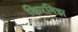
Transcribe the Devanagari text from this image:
किरगिझ